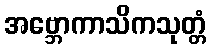
အဗ္ဘောကာသိကသုတ္တံ